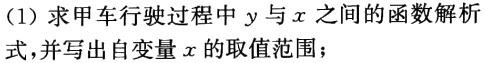
(1) 求甲车行驶过程中 \(y\) 与 \(x\) 之间的函数解析式，并写出自变量 \(x\) 的取值范围；